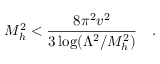
M _ { h } ^ { 2 } < { \frac { 8 \pi ^ { 2 } v ^ { 2 } } { 3 \log ( \Lambda ^ { 2 } / M _ { h } ^ { 2 } ) } } \quad .